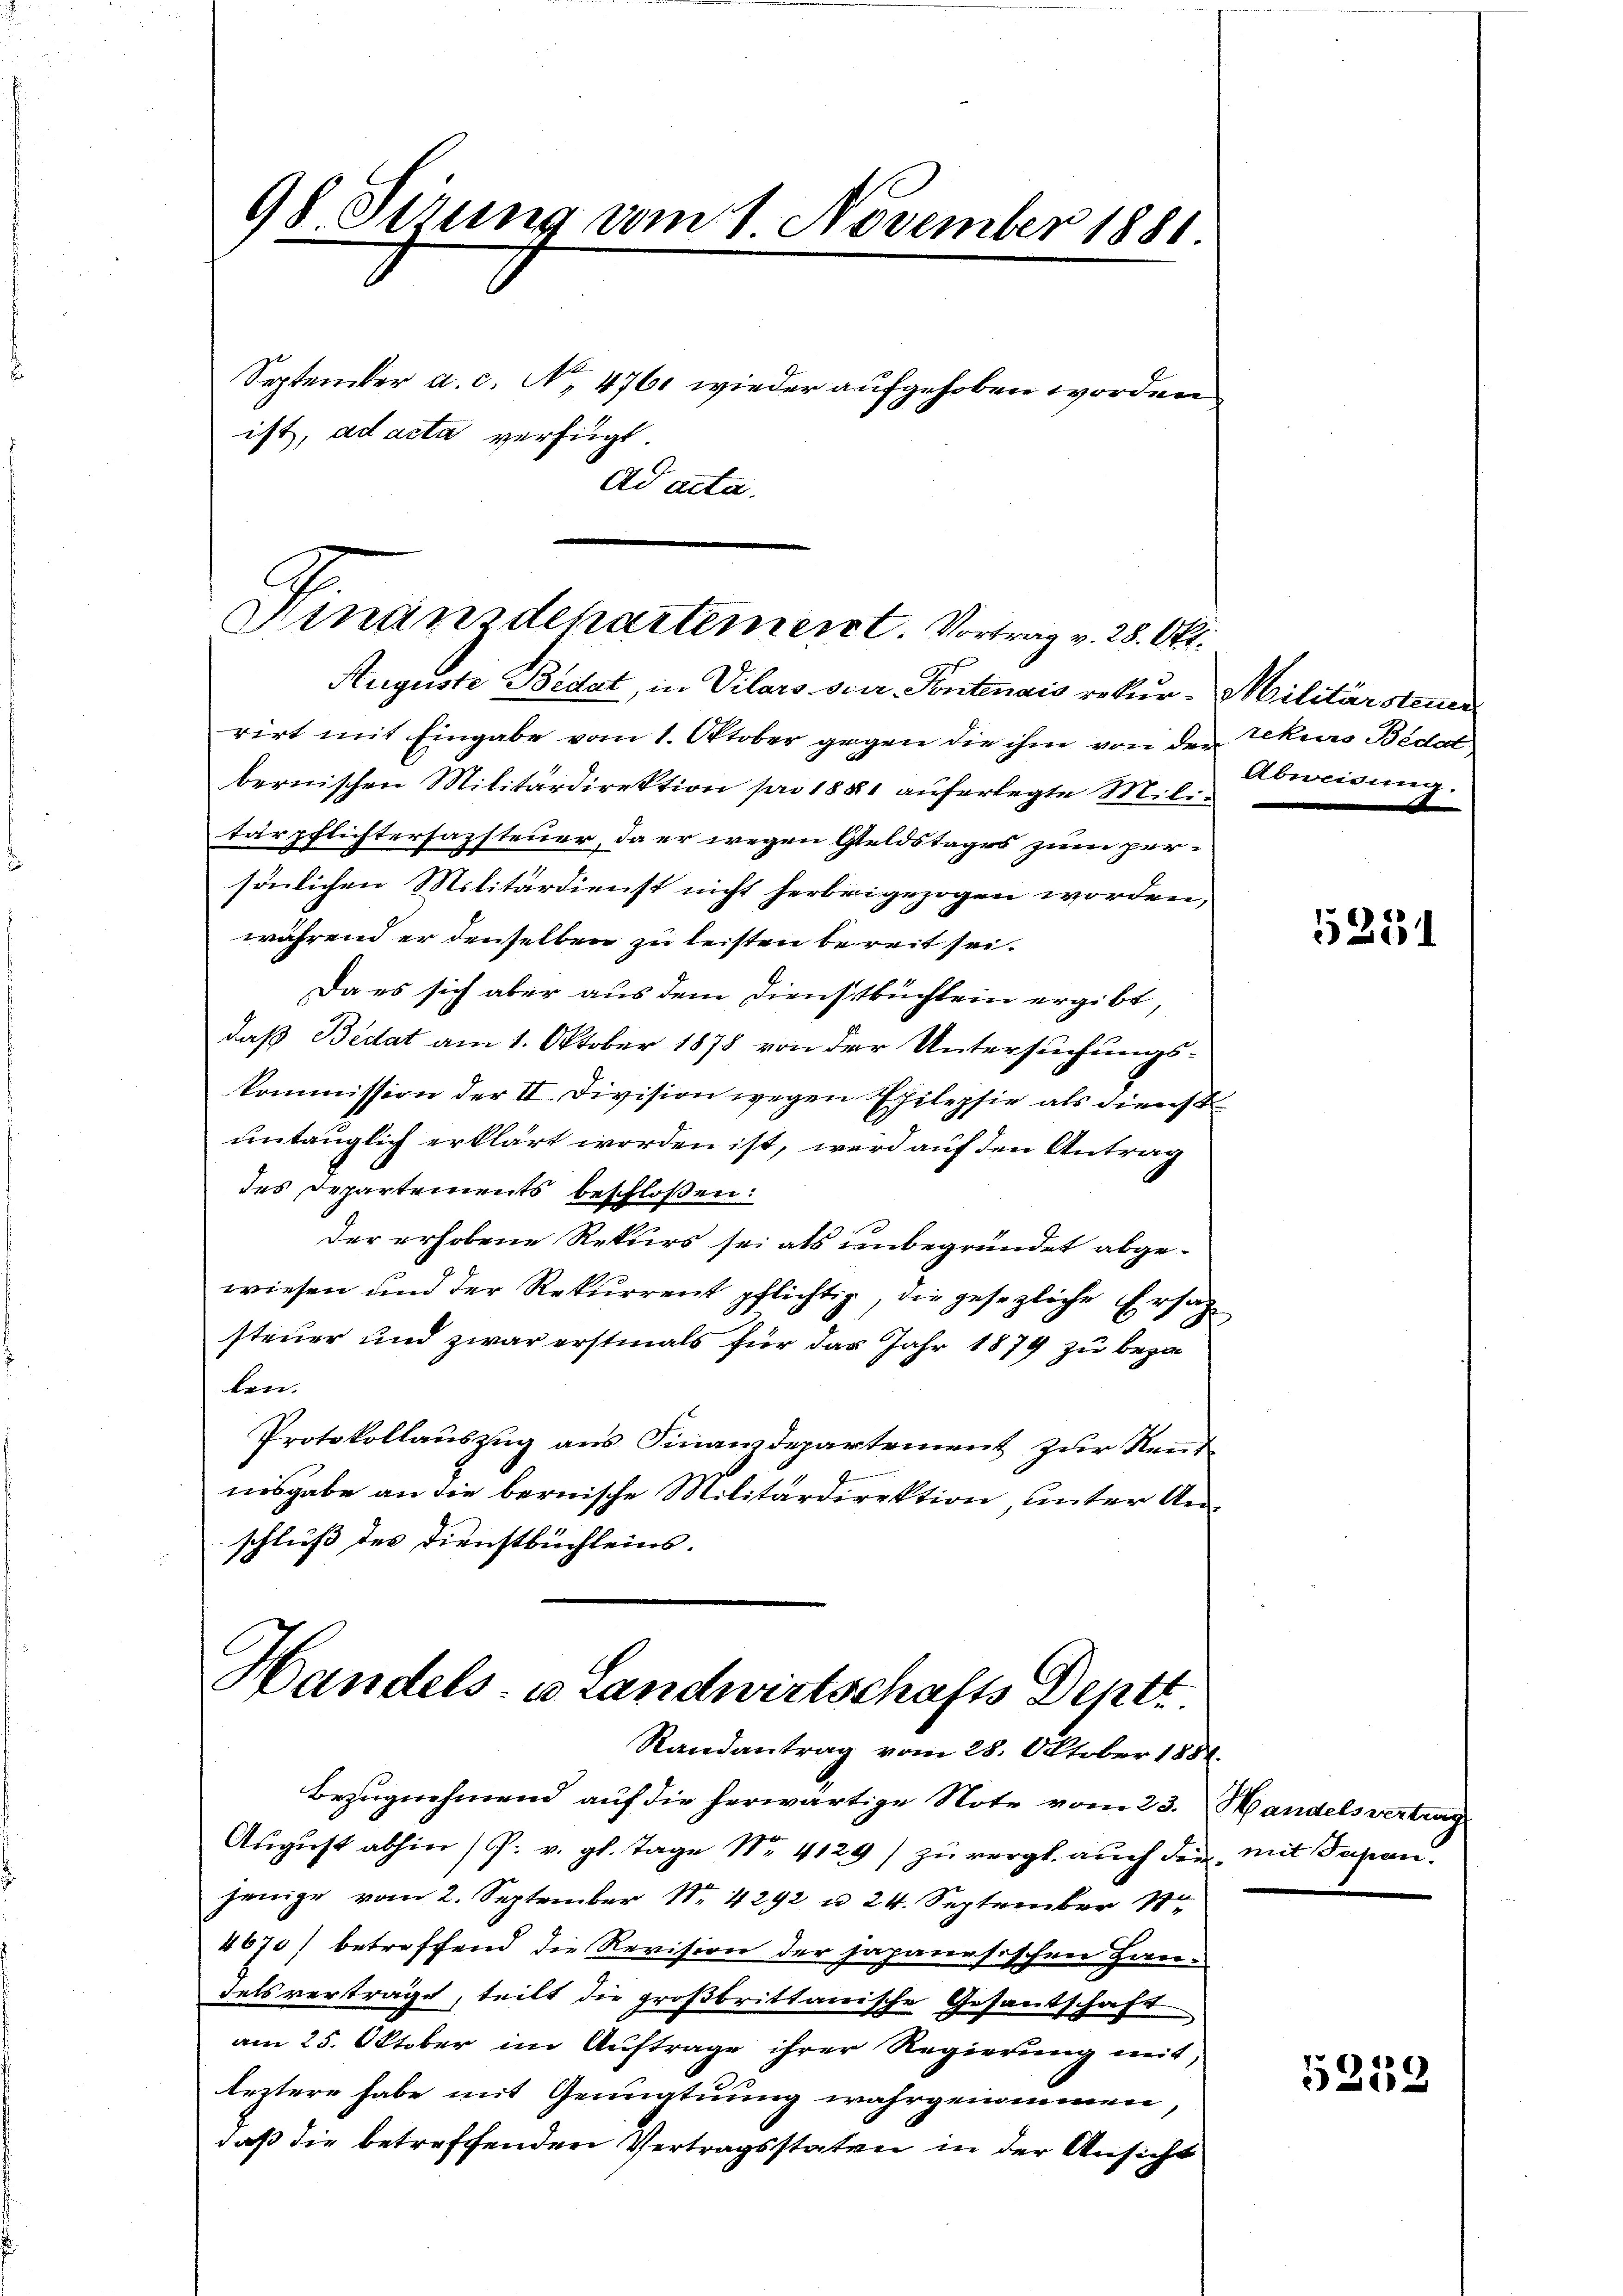
98 Sirung vom 1 November 1881
September a. c. No 476 wieder aufgehoben worden
ist, ad acta verfügt:
Ad acta.

C
Hinanzdepartement. Vortrag v. 28. Okt.
Auguste Bedat, in Vilars oder Pontenais rekur-Militärsteuer

Handels- u Landwirtschafts Deptt
Randantrag vom 28. Oktober 1881.

Bezugnehmend auf die herwärtige Note vom 23. Handelsvertrag
August abhin (P. v. gl. Tage Nr. 4129) zu vergl. auch den mit Japan.
jenige vom 2. September Nr. 4292 u. 24. September 18
4670) betreffend die Revision der japanesischen Handelsvertrage, teilt die großbrittanische Gesandschaft
am 25. Oktober im Auftrage ihrer Regierung mit,
leztere habe mit Genügtuung wahrgenommen,
daß die betreffenden Vertragsstaten in der Ansicht

rirt mit Eingabe vom 1. Oktober gegen die ihm von den Rekurs Beda
bernischen Militärdirektion pro 1881 auferlegte Militärpflichterfassteuer, da er wegen Geldstages zum persönlichen Militärdienst nicht herbeigezogen worden,
während er denselben zu leisten bereit sei¬
Da es sich aber aus dem Dienstbüchlein ergibt,
daß Bedat am 1. Oktober 1878 von der Untersuchungs-
kommission der II. Division wegen Epilepsie als dienst
untauglich erklärt worden ist, wird auf den Antrag
des Departements beschloßen:
der erhobene Rekurs sei als unbegründet abgewiesen und der Rekurrent pflichtig, die gesezliche Ersatz
steuer und zwar erstmals für das Jahr 1879 zu beza
ben.
Protokollauszug aus Finanzdepartement zur Kennt
nisgabe an die bernische Militärdirektion, unter Anschluß des Dienstbüchleins.

Abweisung.

5251

5259